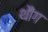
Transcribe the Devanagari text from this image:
थौंग